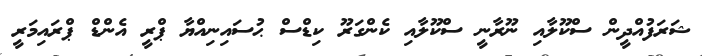
ޝަރަފުއްދީން ސްކޫލާއި ނޫރާނީ ސްކޫލާއި ކެންގަރޫ ކިޑްސް ޙުސައިނިއްޔާ ޕްރީ އެންޑް ޕްރައިމަރީ